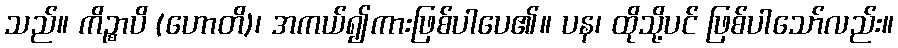
သည်။ ကိဉ္စာပိ (ဟောတိ)၊ အကယ်၍ကားဖြစ်ပါပေ၏။ ပန၊ ထိုသို့ပင် ဖြစ်ပါသော်လည်း။